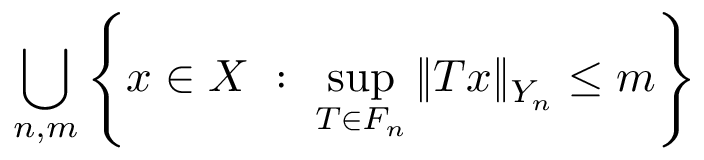
\bigcup _ { n , m } \left\{ x \in X \ : \ \sup _ { T \in F _ { n } } \| T x \| _ { Y _ { n } } \leq m \right\}